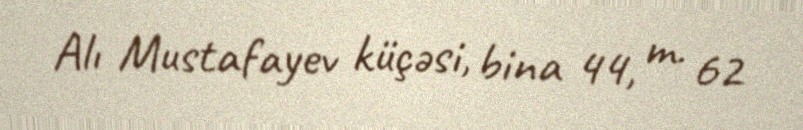
Alı Mustafayev küçəsi, bina 44, m. 62